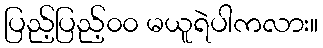
ပြည့်ပြည့်၀၀ မယူရဲပါကလား။